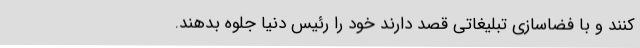
کنند و با فضاسازی تبلیغاتی قصد دارند خود را رئیس دنیا جلوه بدهند.